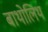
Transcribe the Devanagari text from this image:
बाथोलिथ